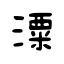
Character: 潥